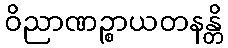
ဝိညာဏဉ္စာယတနန္တိ